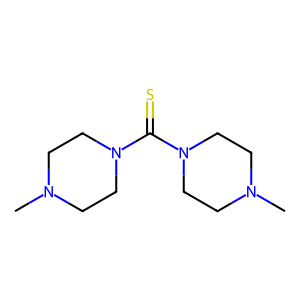
SMILES: CN1CCN(C(=S)N2CCN(C)CC2)CC1
Inhibits HIV replication: No